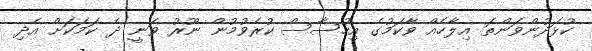
ކުޅަދުންވަންތަ އިލާހެއް ވާކަމުގެ އިހުސާސް ކުރެވުމުން ނޫރު ވަނީ ދެ ކަމަކަށް އެދި